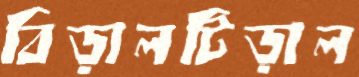
বিড়ালটিড়াল